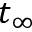
t _ { \infty }